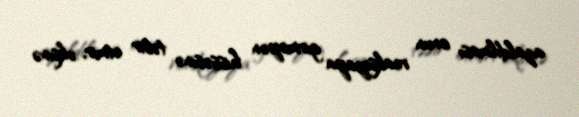
azaldılması onun reaksiyaya girməyən hissəsinə təsir etmir, əksinə